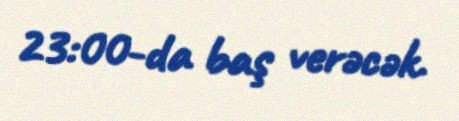
23:00-da baş verəcək.